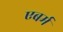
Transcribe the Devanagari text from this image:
एबर्म